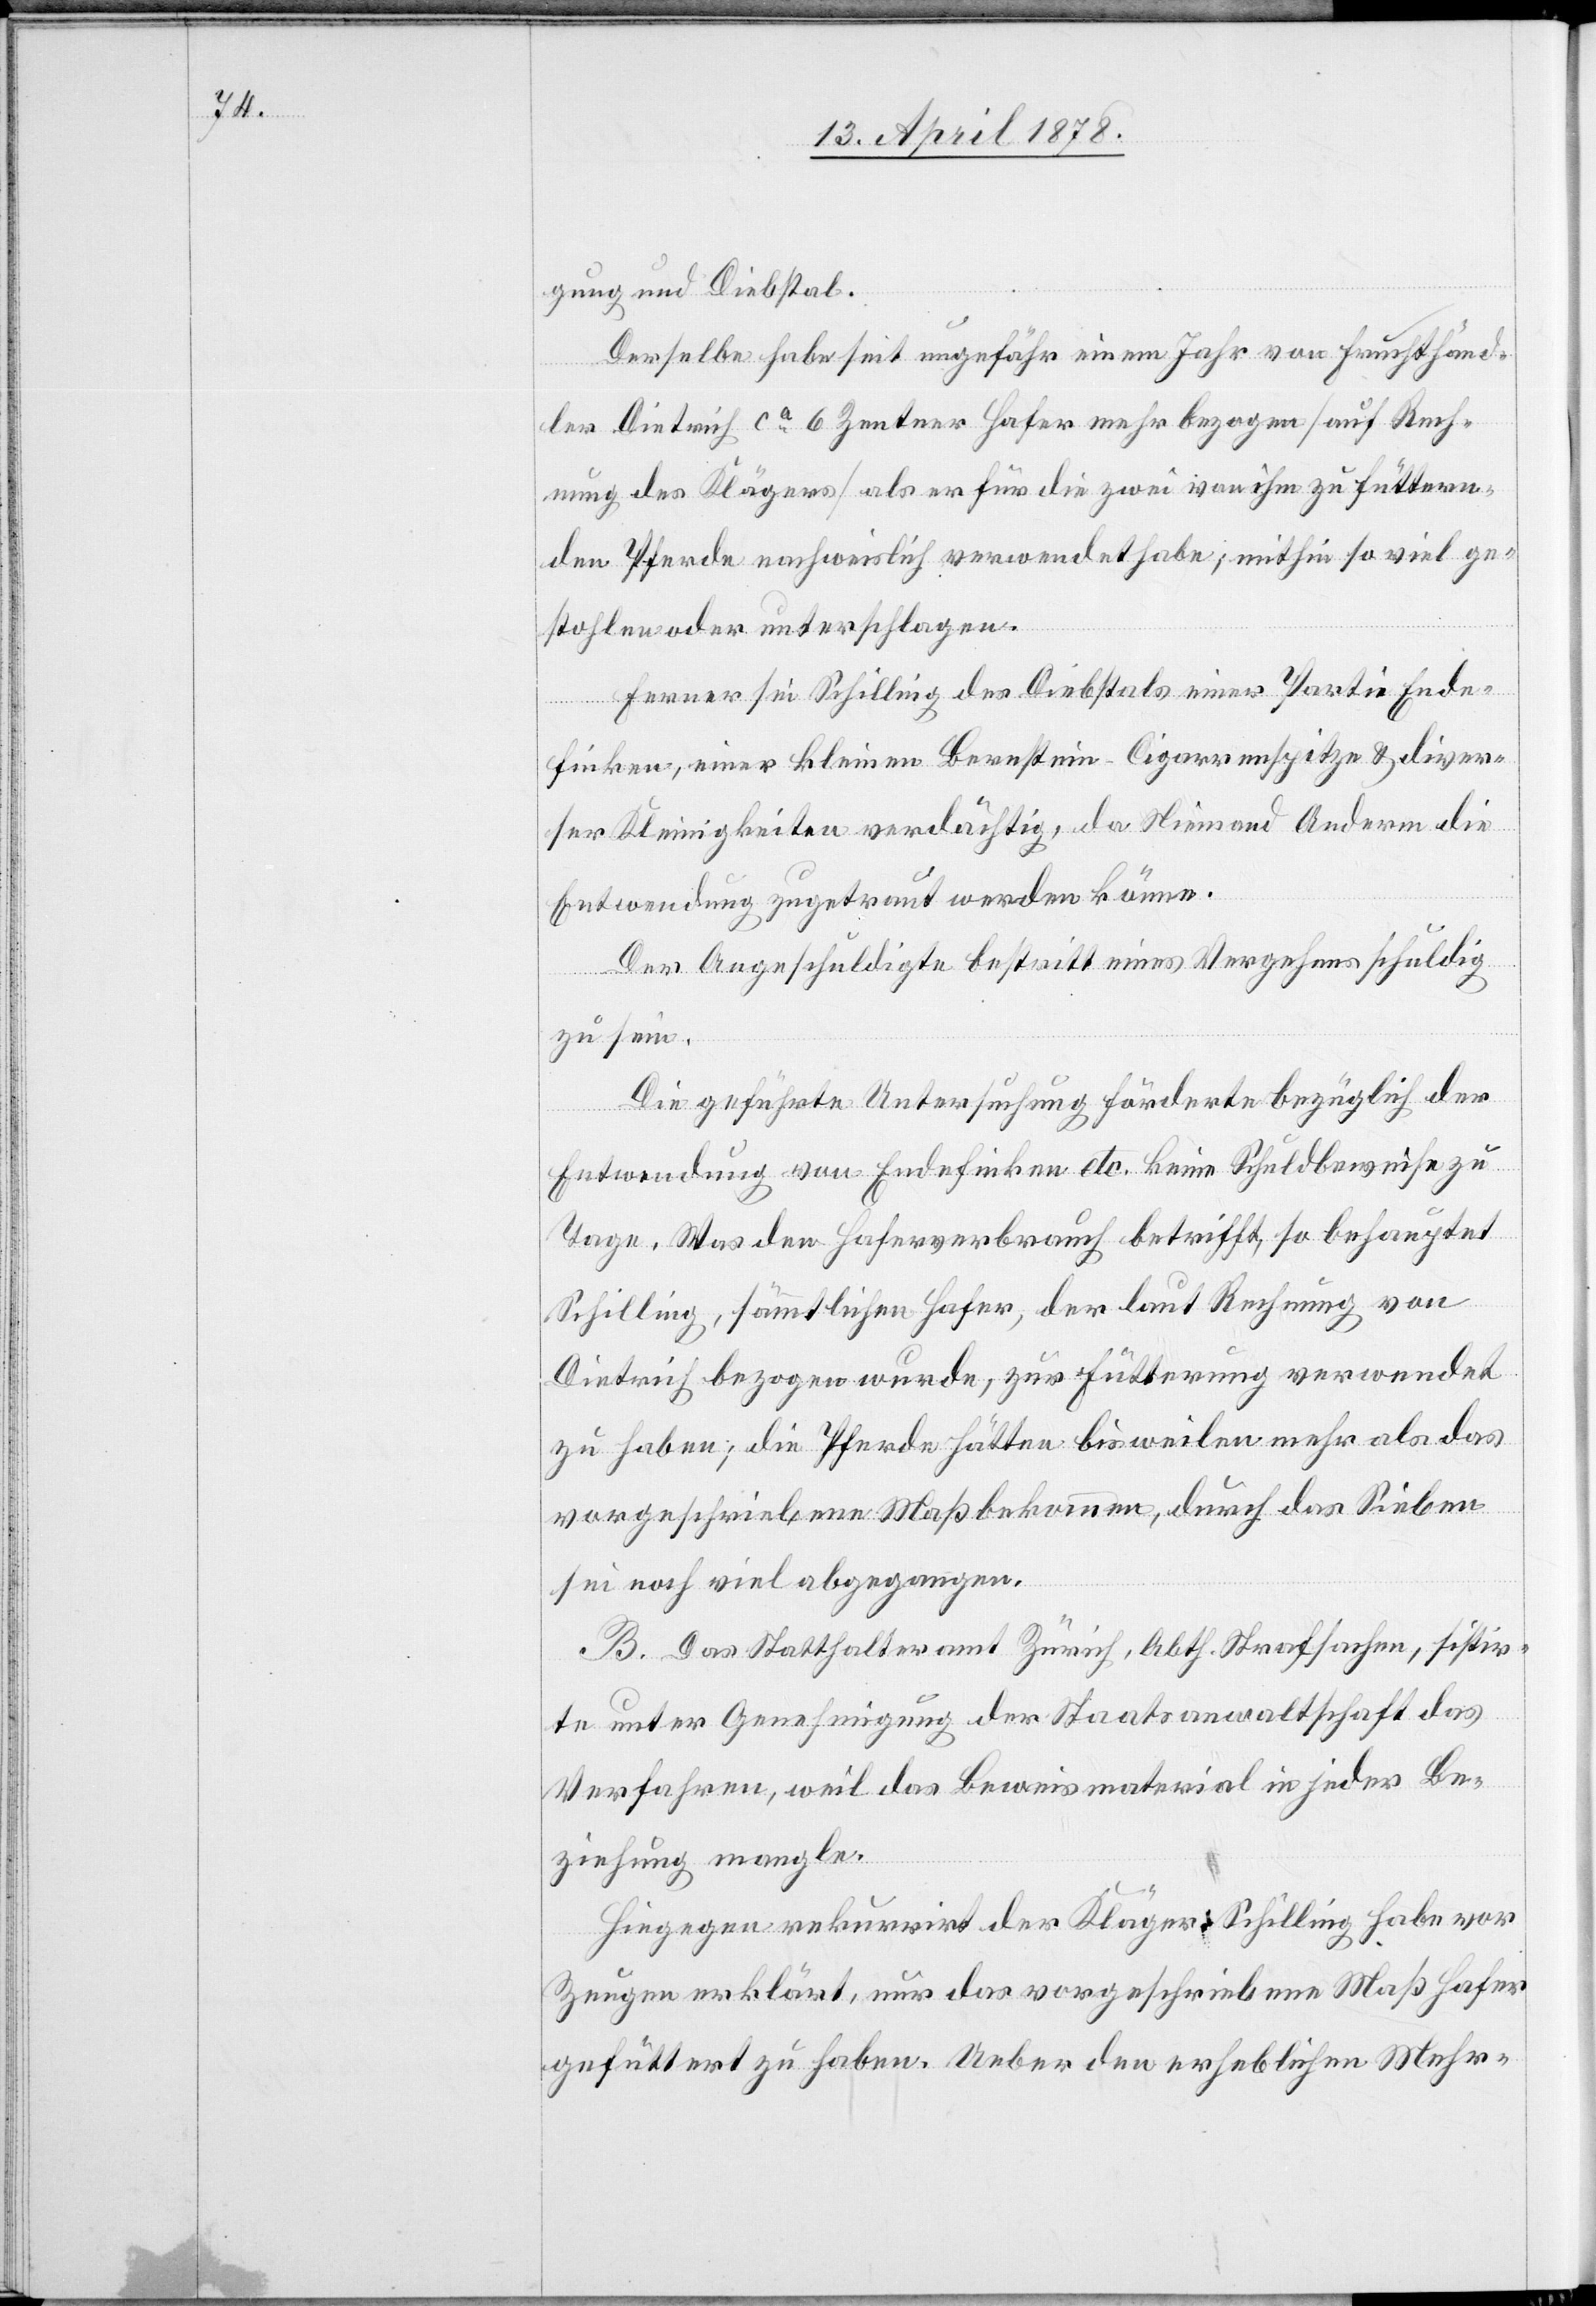
gung und Diebstal.
Derselbe habe seit ungefähr einem Jahr von Fruchthänd¬
ler Dietrich ca 6 Zentner Hafer mehr bezogen (auf Rech¬
nung des Klägers) als er für die zwei von ihm zu füttern¬
den Pferde nachweislich verwendet habe; mithin so viel ge¬
stohlen oder unterschlagen.
Ferner sei Schilling des Diebstals einer Partie Ende¬
finken, einer kleinen Bernstein-Cigarrenspitze & diver¬
ser Kleinigkeiten verdächtig, da Niemand Anderm die
Entwendung zugetraut werden könne.
Der Angeschuldigte bestritt eines Vergehens schuldig
zu sein.
Die geführte Untersuchung förderte bezüglich der
Entwendung von Endfinken etc. keine Schuldbeweise zu
Tage. Was den Haferverbrauch betrifft, so behauptet
Schilling, sämmtlichen Hafer, der laut Rechnung von
Dietrich bezogen wurde, zur Fütterung verwendet
zu haben; die Pferde hätten bisweilen mehr als das
vorgeschriebene Maß bekommen, durch das Sieben
sei noch viel abgegangen.
B. Das Statthalteramt Zürich, Abth. Strafsachen, sistir¬
te unter Genehmigung der Staatsanwaltschaft das
Verfahren, weil das Beweismaterial in jeder Be¬
ziehung mangle.
Hiegegen rekurrirt der Kläger Schilling habe vor
Zeugen erklärt, nur das vorgeschriebene Maß Hafer
gefüttert zu haben. Ueber den erheblichen Mehr-